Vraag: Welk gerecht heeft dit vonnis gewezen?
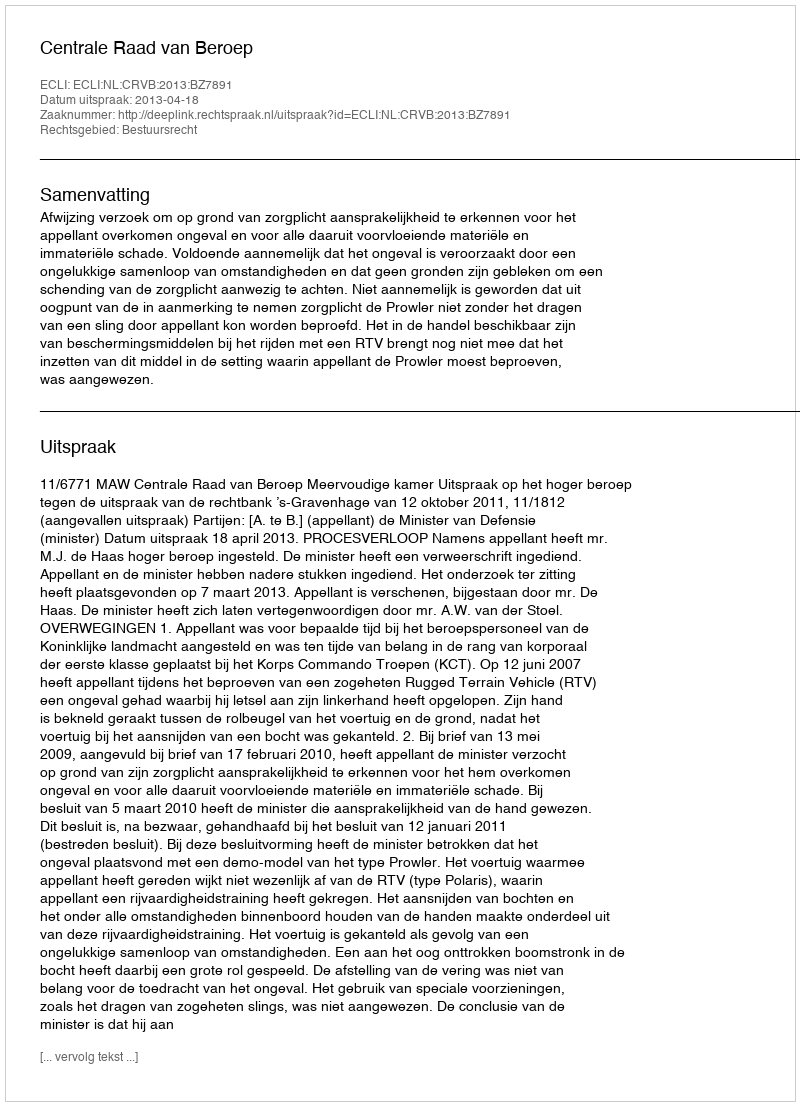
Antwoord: Centrale Raad van Beroep